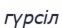
гүрсіл